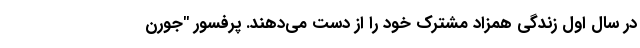
در سال اول زندگی همزاد مشترک خود را از دست می‌دهند. پرفسور "جورن